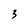
Character: 3